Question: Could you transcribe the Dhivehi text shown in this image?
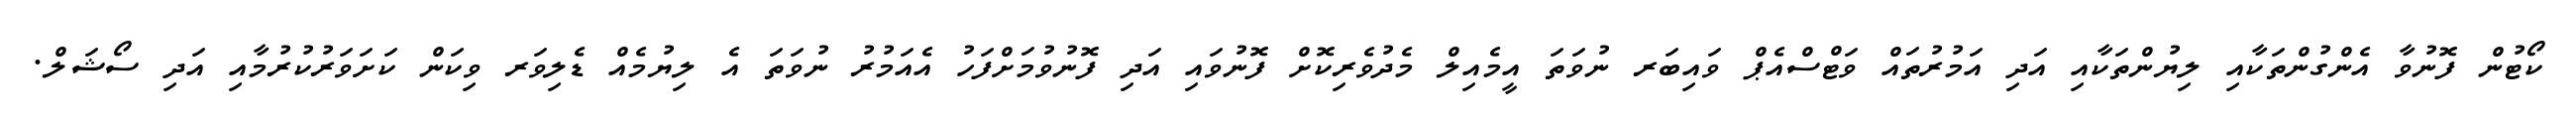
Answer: ކޯޓުން ފޮނުވާ އެންގުންތަކާއި ލިޔުންތަކާއި އަދި އަމުރުތައް ވަޓްސްއެޕް ވައިބަރ ނުވަތަ އީމެއިލް މެދުވެރިކޮށް ފޮނުވައި އަދި ފޮނުވުމަށްފަހު އެއަމުރު ނުވަތަ އެ ލިޔުމެއް ޑެލިވަރ ވިކަން ކަށަވަރުކުރުމާއި އަދި ސޯޝަލް.